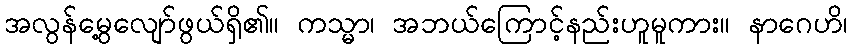
အလွန်မွေ့လျော်ဖွယ်ရှိ၏။ ကသ္မာ၊ အဘယ်ကြောင့်နည်းဟူမူကား။ နာဂေဟိ၊